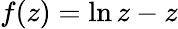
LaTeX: f(z)=\ln{z}-z